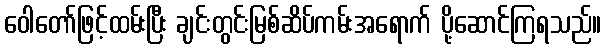
ဝေါတော်ဖြင့်ထမ်းပြီး ချင်းတွင်းမြစ်ဆိပ်ကမ်းအရောက် ပို့ဆောင်ကြရသည်။